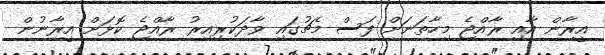
އީރާން އާއި ރާއްޖެ މިހާތަނަށް ފަސް މެޗުގައި ވާދަކުރިއިރު ރާއްޖެ ކޮޅަށް އީރާނުން